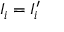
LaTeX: I _ { i } = I _ { i } ^ { \prime }